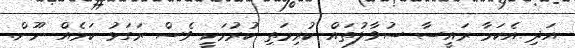
އަދި އެކަމާ ރައީސާ ސުވާލުތައް ކުރިމަތި ކުރުމަކީ ވެސް ރަގަޅު ކަމެއް ނޫން.